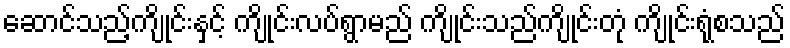
ဆောင်သည့်ကျိုင်းနှင့် ကျိုင်းလပ်ရွာမည် ကျိုင်းသည်ကျိုင်းတုံ ကျိုင်းရုံစသည်